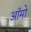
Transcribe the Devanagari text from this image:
ऑमो